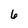
Character: 6